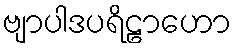
ဗျာပါဒပရိဠာဟော